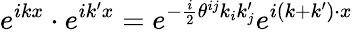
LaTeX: e^{ikx}\cdot e^{ik^{\prime}x}=e^{-{\frac{i}{2}}\theta^{ij}k_{i}k_{j}^{\prime}}e^{i(k+k^{\prime})\cdot x}